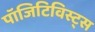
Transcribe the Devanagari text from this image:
पॉजिटिविस्ट्स